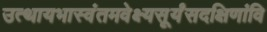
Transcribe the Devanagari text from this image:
उत्थायभास्वंतमवेक्ष्यसूर्यंसदक्षिणांवि